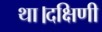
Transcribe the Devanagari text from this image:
था।दक्षिणी